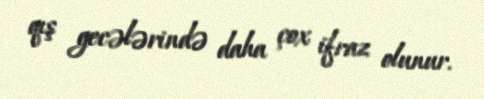
qış gecələrində daha çox ifraz olunur.